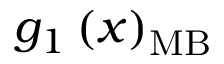
g _ { 1 } \left( x \right) _ { \mathrm { M B } }